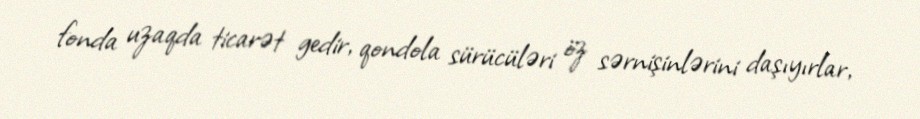
fonda uzaqda ticarət gedir, qondola sürücüləri öz sərnişinlərini daşıyırlar,